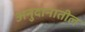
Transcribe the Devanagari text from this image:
अनुदानातील